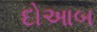
દોઆબ